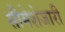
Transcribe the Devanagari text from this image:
सीमेशेजारी